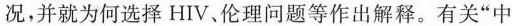
况，并就为何选择HIV、伦理问题等作出解释。有关”中